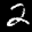
Label: 2